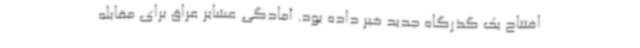
افتتاح یک گذرگاه جدید خبر داده بود. آمادگی عشایر عراق برای مقابله